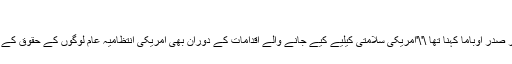
(خبر جاری ہے)
وائٹ ہاوس کے ایک ذمہ دار نے اس اہم ملاقات کے بعد بتایا کہ ملاقات کے موقع پر صدر اوباما کہنا تھا \'\'امریکی سلامتی کیلیے کیے جانے والے اقدامات کے دوران بھی امریکی انتظامیہ عام لوگوں کے حقوق کے تحفظ اور اس تحفظ کے احساس کے حوالے سے ان کے اعتماد کے لیے پر عزم ہے۔